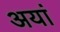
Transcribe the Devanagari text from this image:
अयां